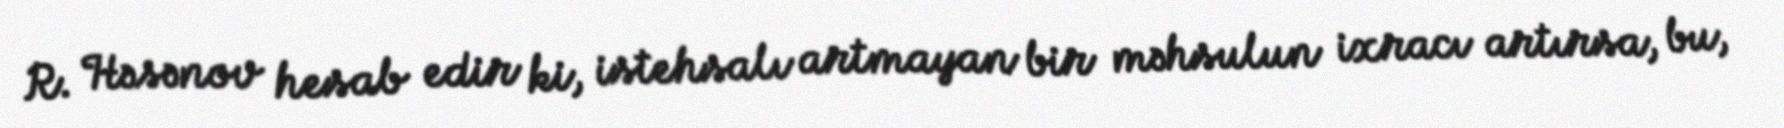
R. Həsənov hesab edir ki, istehsalı artmayan bir məhsulun ixracı artırsa, bu,